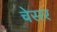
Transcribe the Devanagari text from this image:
चेसर